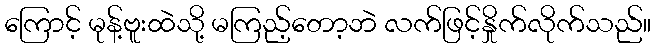
ကြောင့် မုန့်ဗူးထဲသို့ မကြည့်တော့ဘဲ လက်ဖြင့်နှိုက်လိုက်သည်။